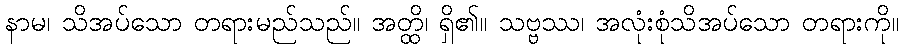
နာမ၊ သိအပ်သော တရားမည်သည်။ အတ္ထိ၊ ရှိ၏။ သဗ္ဗဿ၊ အလုံးစုံသိအပ်သော တရားကို။